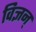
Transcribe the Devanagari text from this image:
विज्ञन्